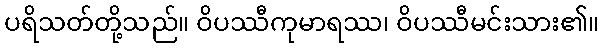
ပရိသတ်တို့သည်။ ဝိပဿီကုမာရဿ၊ ဝိပဿီမင်းသား၏။